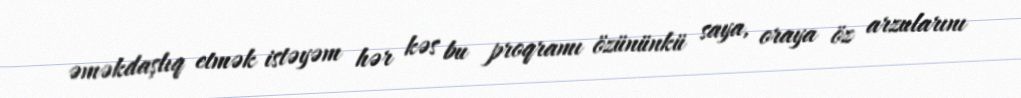
əməkdaşlıq etmək istəyəm hər kəs bu proqramı özününkü saya, oraya öz arzularını